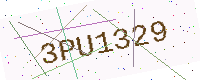
Text: 3PU1329